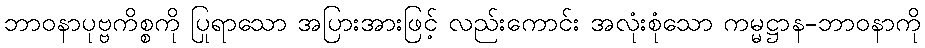
ဘာဝနာပုဗ္ဗကိစ္စကို ပြုရာသော အပြားအားဖြင့် လည်းကောင်း အလုံးစုံသော ကမ္မဋ္ဌာန-ဘာဝနာကို